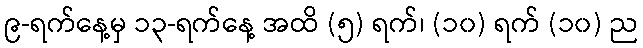
၉-ရက်နေ့မှ ၁၃-ရက်နေ့ အထိ (၅) ရက်၊ (၁၀) ရက် (၁၀) ည